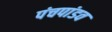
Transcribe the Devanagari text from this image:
पंचपांडव